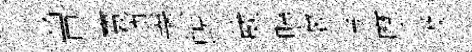
曽寰须衆蜕葳照袞兮摩圾